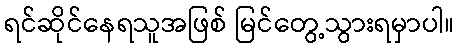
ရင်ဆိုင်နေရသူအဖြစ် မြင်တွေ့သွားရမှာပါ။